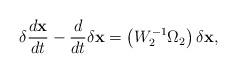
LaTeX: \begin{align*}\delta\dfrac{d\textbf{x}}{dt}-\dfrac{d}{dt}\delta{\textbf{x}}=\left(W^{-1}_2\Omega_2\right)\delta{\textbf{x}},\end{align*}